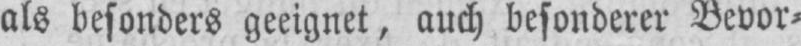
als besonders geeignet, auch besonderer Bevor⸗